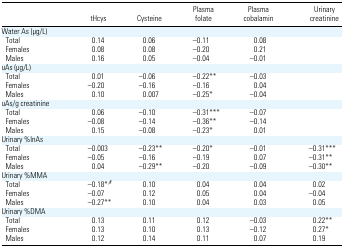
<table><thead><tr><td></td><td><b>tHcys</b></td><td><b>Cysteine</b></td><td><b>Plasma folate</b></td><td><b>Plasma cobalamin</b></td><td><b>Urinary creatinine</b></td></tr></thead><tbody><tr><td colspan="6">Water As (μg/L)</td></tr><tr><td> Total</td><td>0.14</td><td>0.06</td><td>−0.11</td><td>0.08</td><td></td></tr><tr><td> Females</td><td>0.08</td><td>0.08</td><td>−0.20</td><td>0.21</td><td></td></tr><tr><td> Males</td><td>0.16</td><td>0.05</td><td>−0.04</td><td>−0.01</td><td></td></tr><tr><td colspan="6">uAs (μg/L)</td></tr><tr><td> Total</td><td>0.01</td><td>−0.06</td><td>−0.22**</td><td>−0.03</td><td></td></tr><tr><td> Females</td><td>−0.20</td><td>−0.16</td><td>−0.16</td><td>0.04</td><td></td></tr><tr><td> Males</td><td>0.10</td><td>0.007</td><td>−0.25*</td><td>−0.04</td><td></td></tr><tr><td colspan="6">uAs/g creatinine</td></tr><tr><td> Total</td><td>0.06</td><td>−0.10</td><td>−0.31***</td><td>−0.07</td><td></td></tr><tr><td> Females</td><td>−0.08</td><td>−0.14</td><td>−0.36**</td><td>−0.14</td><td></td></tr><tr><td> Males</td><td>0.15</td><td>−0.08</td><td>−0.23*</td><td>0.01</td><td></td></tr><tr><td colspan="6">Urinary %InAs</td></tr><tr><td> Total</td><td>−0.003</td><td>−0.23**</td><td>−0.20*</td><td>−0.01</td><td>−0.31***</td></tr><tr><td> Females</td><td>−0.05</td><td>−0.16</td><td>−0.19</td><td>0.07</td><td>−0.31**</td></tr><tr><td> Males</td><td>0.04</td><td>−0.29**</td><td>−0.20</td><td>−0.09</td><td>−0.30**</td></tr><tr><td colspan="6">Urinary %MMA</td></tr><tr><td> Total</td><td>−0.18*,#</td><td>0.10</td><td>0.04</td><td>0.04</td><td>0.02</td></tr><tr><td> Females</td><td>−0.07</td><td>0.12</td><td>0.05</td><td>0.04</td><td>−0.04</td></tr><tr><td> Males</td><td>−0.27**</td><td>0.10</td><td>0.04</td><td>0.03</td><td>0.05</td></tr><tr><td colspan="6">Urinary %DMA</td></tr><tr><td> Total</td><td>0.13</td><td>0.11</td><td>0.12</td><td>−0.03</td><td>0.22**</td></tr><tr><td> Females</td><td>0.13</td><td>0.10</td><td>0.13</td><td>−0.12</td><td>0.27*</td></tr><tr><td> Males</td><td>0.12</td><td>0.14</td><td>0.11</td><td>0.07</td><td>0.19</td></tr></tbody></table>